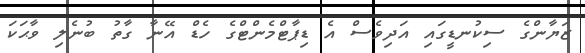
ޒަޔާންގެ ސިކުނޑީގައި އަދިވެސް އެ ޑިޕާޓްމެންޓްގެ ހެޑް އޭނާ ގާތު ބުނެލި ވާޙަކަ